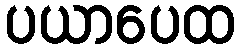
ပယာပေထ